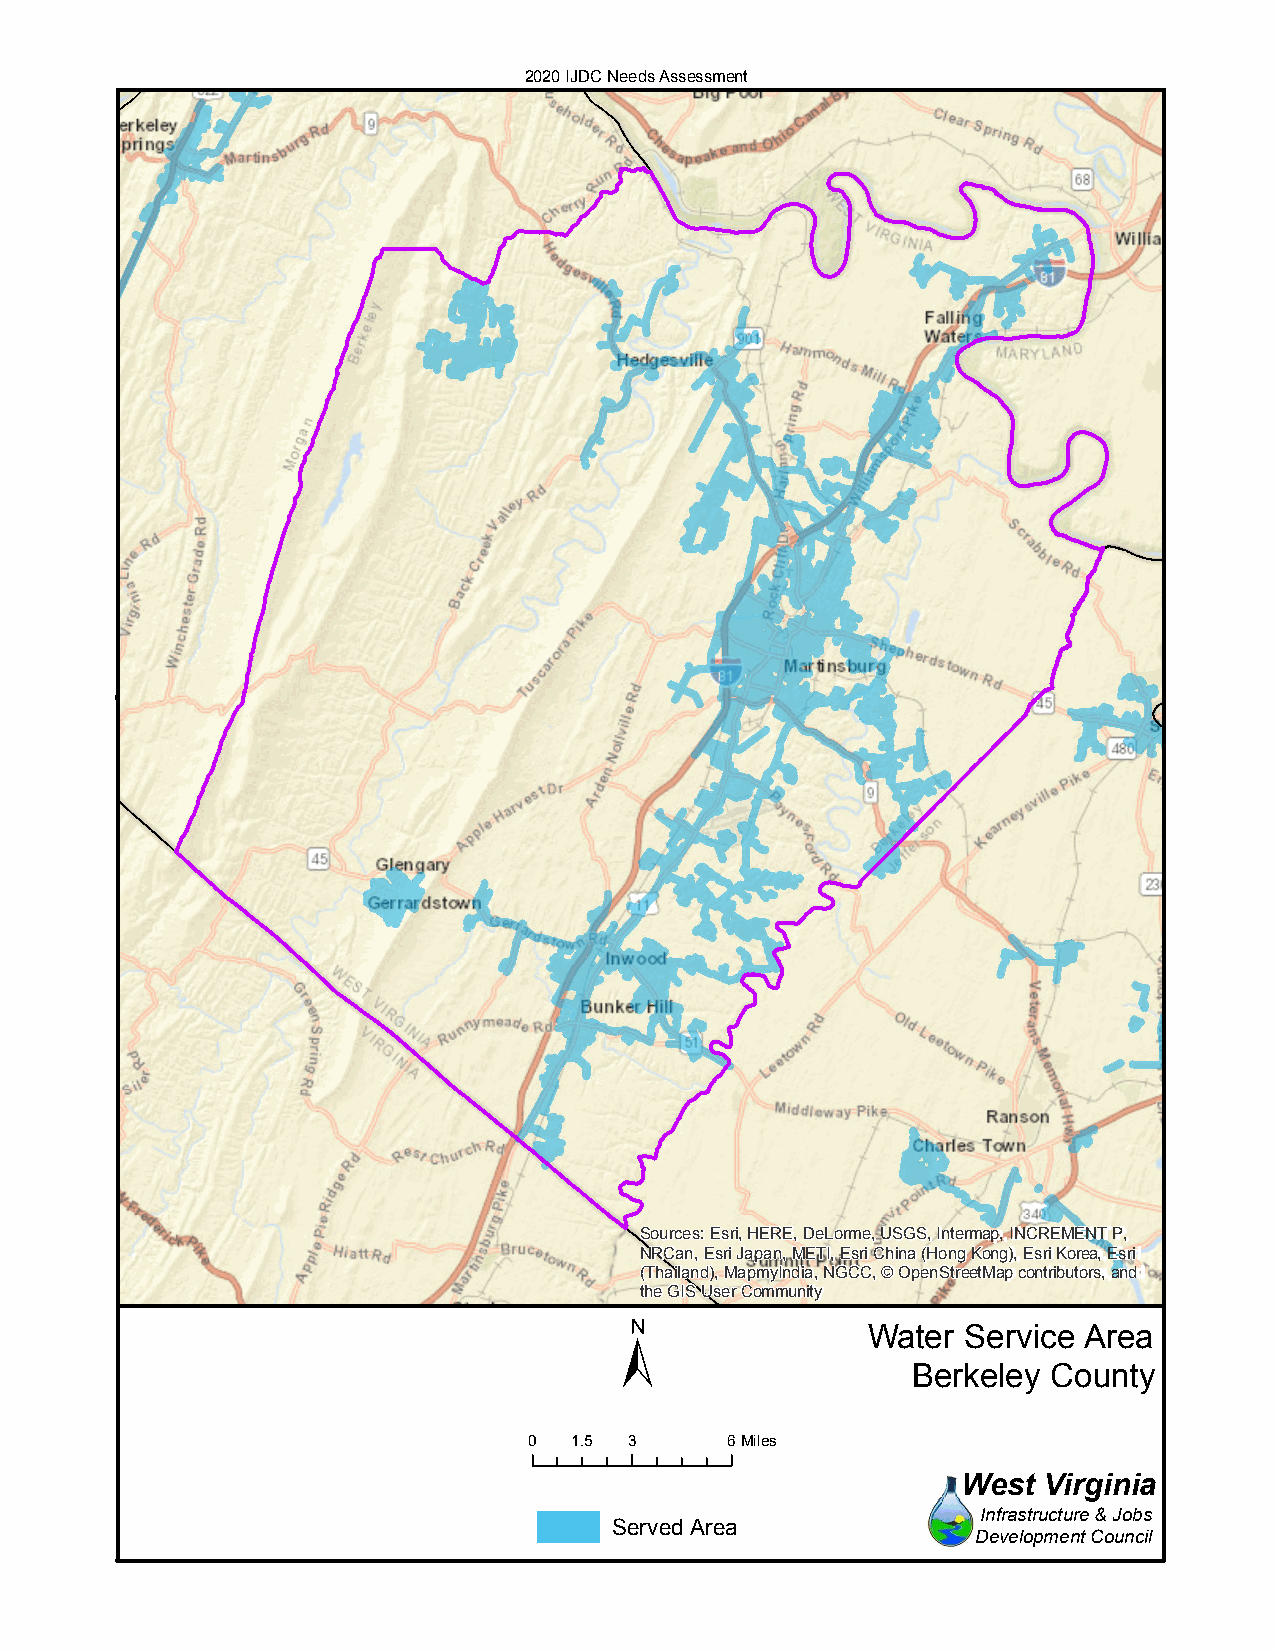
2020 IJDC Needs Assessment
 Sources: Esri, HERE, DeLorme, USGS, Intermap, INCREMENT P,
 NRCan, Esri Japan, METI, Esri China (Hong Kong), Esri Korea, Esri
 (Thailand), MapmyIndia, NGCC, © OpenStreetMap contributors, and
 the GIS User Community
 ±
 Water  Service Area
 Berkeley  County
 0  1.5 3     6Miles
 West Virginia
 Infrastructure & Jobs
 Served Area
 Development Council